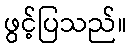
ဖွင့်ပြသည်။